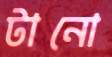
টানো